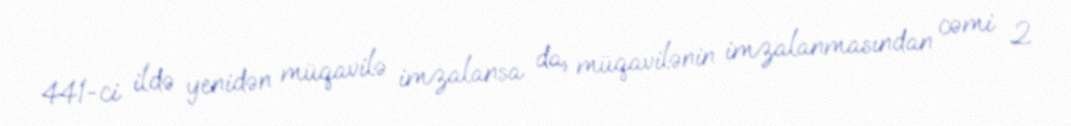
441-ci ildə yenidən müqavilə imzalansa da, müqavilənin imzalanmasından cəmi 2